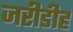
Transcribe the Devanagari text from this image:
जरीडीह